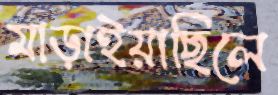
মাড়াইয়াছিলে